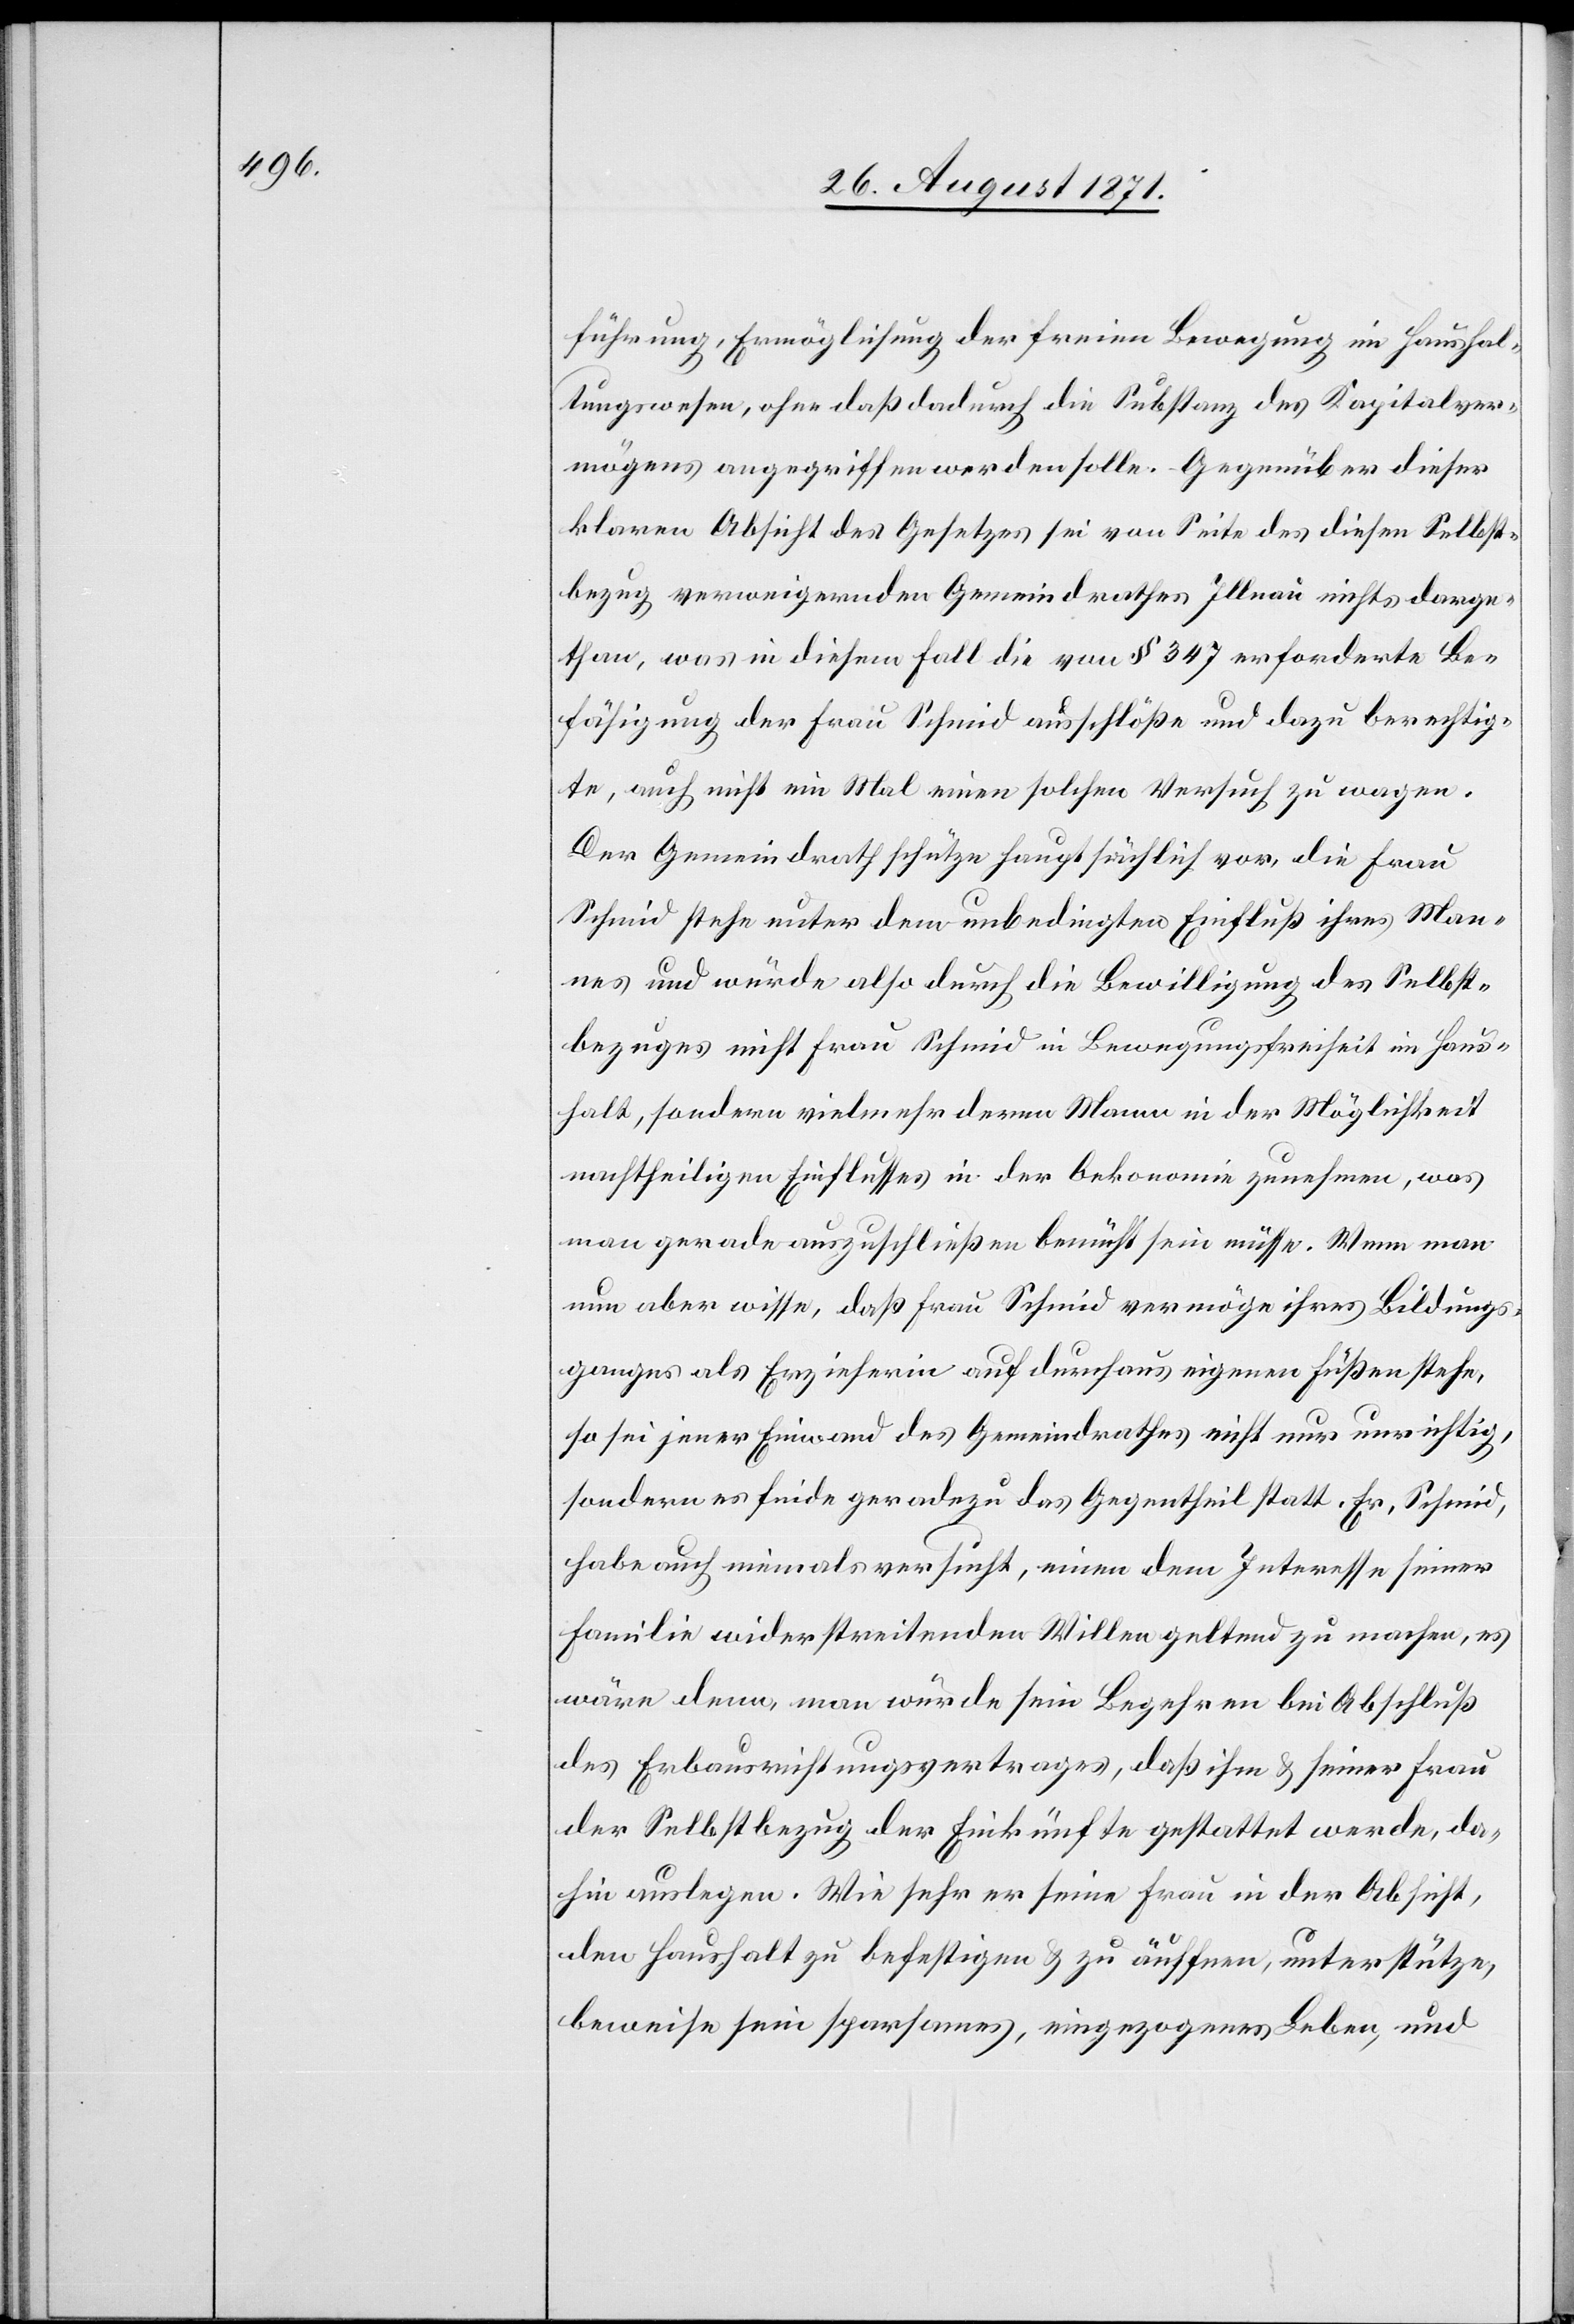
führung, Ermöglichung der freien Bewegung im Haushal¬
tungswesen, ohne daß dadurch die Substanz des Kapitalver¬
mögens angegriffen werden solle. Gegenüber dieser
klaren Absicht des Gesetzes sei von Seite des diesen Selbst¬
bezug verweigernden Gemeindrathes Illnau nichts darge¬
than, was in diesem Fall die von § 347 erforderte Be¬
fähigung der Frau Schmid ausschlöße und dazu berechtig¬
te, auch nicht ein Mal einen solchen Versuch zu wagen.
Der Gemeindrath schütze hauptsächlich vor, die Frau
Schmid stehe unter dem unbedingten Einfluß ihres Man¬
nes und würde also durch die Bewilligung des Selbst¬
bezuges nicht Frau Schmid in Bewegungsfreiheit im Haus¬
halt, sondern vielmehr deren Mann in der Möglichkeit
nachtheiligen Einflusses in der Oekonomie zunehmhen, was
man gerade auszuschließen bemüht sein müsse. Wenn man
nun aber wisse, daß Frau Schmid vermöge ihres Bildungs¬
ganges als Erzieherin auf durchaus eigenen Füßen stehe,
so sei jener Einwand der des Gemeindrathes nicht nur unrichtig,
sondern es finde geradezu das Gegentheil statt. Er, Schmid,
habe auch niemals versucht, einen dem Interesse seiner
Familie widerstreitenden Willen geltend zu machen, es
wäre denn, man würde sein Begehren bei Abschluß
des Erbausrichtungsvertrages, daß ihm & seiner Frau
der Selbstbezug der Einkünfte gestattet werde, da¬
hin auslegen. Wie sehr er seine Frau in der Absicht,
den Haushalt zu befestigen & zu äuffnen, unterstütze,
beweise sein sparsames, eingezogenes Leben, und